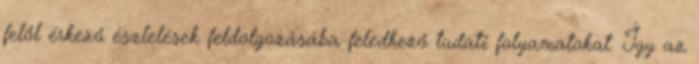
felől érkező észlelések feldolgozásába feledkező tudati folyamatokat. Így az